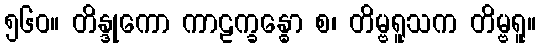
၅၆၀။ တိန္ဒုကော ကာဠက္ခန္ဓော စ၊ တိမ္ဗရူသက တိမ္ဗရူ။